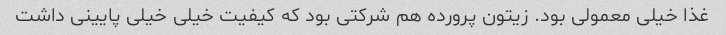
غذا خیلی معمولی بود. زیتون پرورده هم شرکتی بود که کیفیت خیلی خیلی پایینی داشت